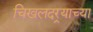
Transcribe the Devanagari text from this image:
चिखलदर्‍याच्या